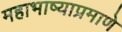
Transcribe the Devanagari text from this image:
महाभाष्याप्रमाणे